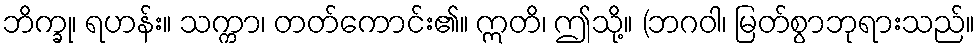
ဘိက္ခု၊ ရဟန်း။ သက္ကာ၊ တတ်ကောင်း၏။ ဣတိ၊ ဤသို့။ (ဘဂဝါ၊ မြတ်စွာဘုရားသည်။